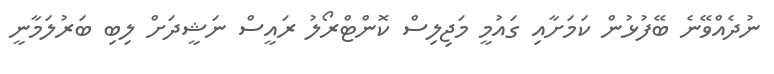
ނުދެއްވޭނެ ބޭފުޅުން ކަމަށާއި ގައުމީ މަޖިލިސް ކޮންޓްރޯލު ރައީސް ނަޝީދަށް ލިބި ބަރުލަމާނީ